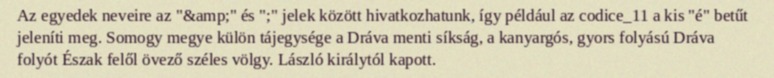
Az egyedek neveire az "&amp;" és ";" jelek között hivatkozhatunk, így például az codice_11 a kis "é" betűt jeleníti meg. Somogy megye külön tájegysége a Dráva menti síkság, a kanyargós, gyors folyású Dráva folyót Észak felől övező széles völgy. László királytól kapott.